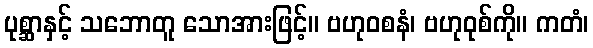
ပုစ္ဆာနှင့် သဘောတူ သောအားဖြင့်။ ဗဟုဝစနံ၊ ဗဟုဝုစ်ကို။ ကတံ၊